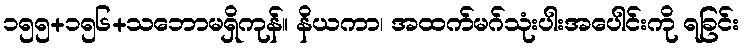
၁၅၅+၁၅၆+သဘောမရှိကုန်။ နိယကာ၊ အထက်မဂ်သုံးပါးအပေါင်းကို ရခြင်း